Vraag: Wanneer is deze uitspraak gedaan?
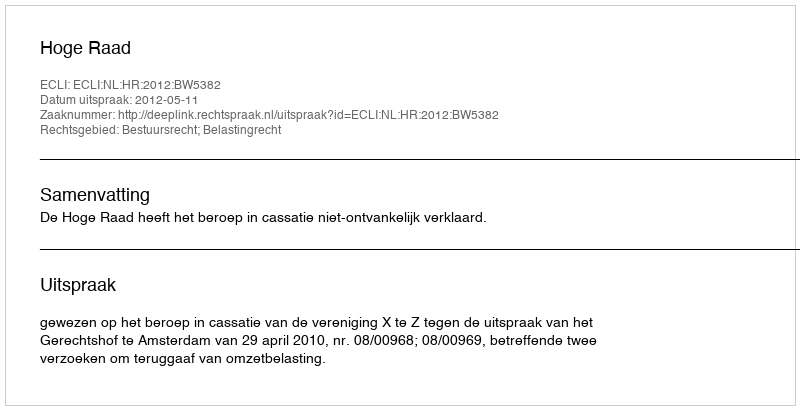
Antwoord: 2012-05-11